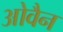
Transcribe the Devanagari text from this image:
ओवैन